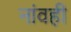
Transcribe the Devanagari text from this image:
नांवही